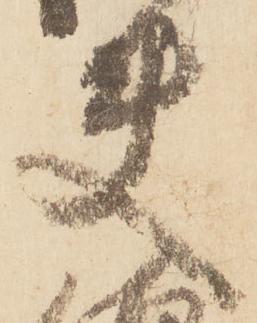
使